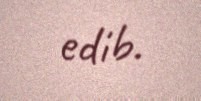
edib.